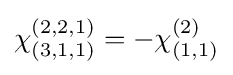
\chi _{(3,1,1)}^{(2,2,1)}=-\chi _{(1,1)}^{(2)}